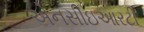
એનસીઇઆરટી